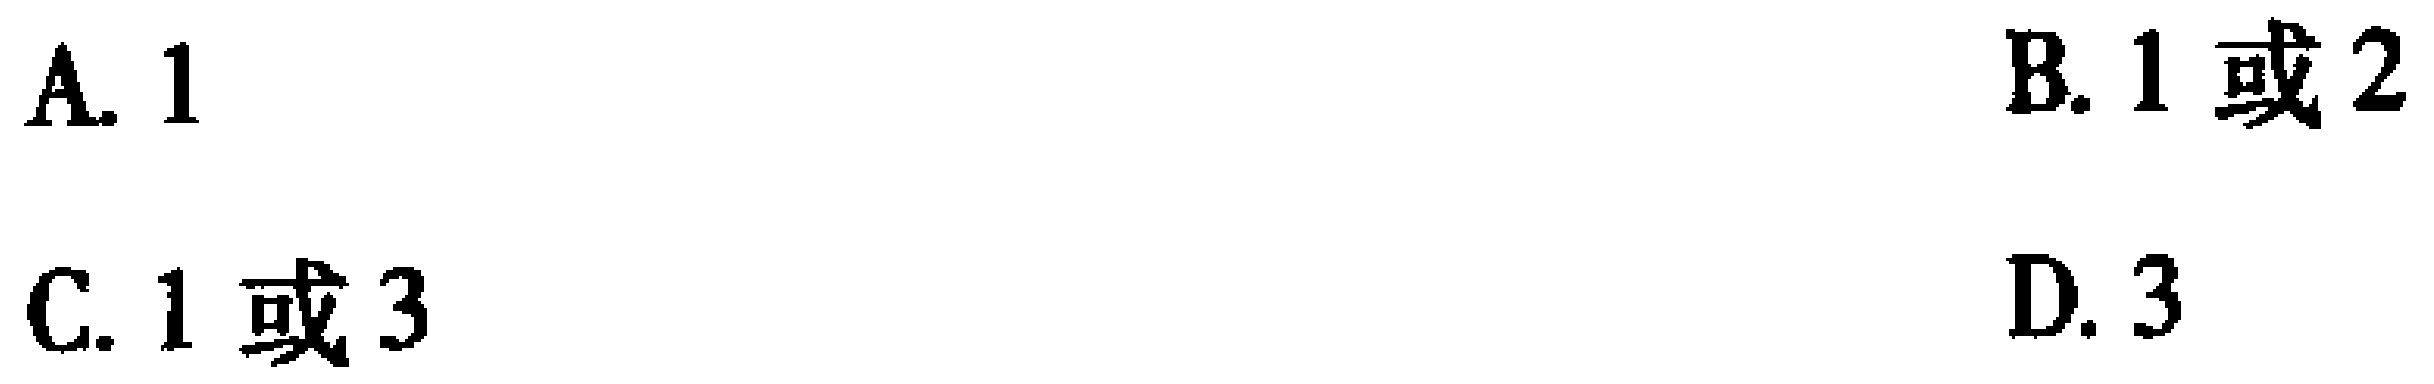
A. \(1\)  B. \(1\)或\(2\)  C. \(1\)或\(3\)  D. \(3\)